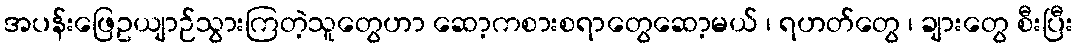
အပန်းဖြေဥယျာဉ်သွားကြတဲ့သူတွေဟာ ဆော့ကစားစရာတွေဆော့မယ် ၊ ရဟတ်တွေ ၊ ချားတွေ စီးပြီး